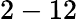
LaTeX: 2-12